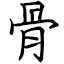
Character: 骨